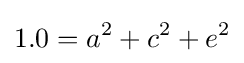
1.0=a^{2}+c^{2}+e^{2}